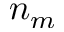
n _ { m }